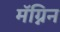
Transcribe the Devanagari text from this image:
मॅग्निन